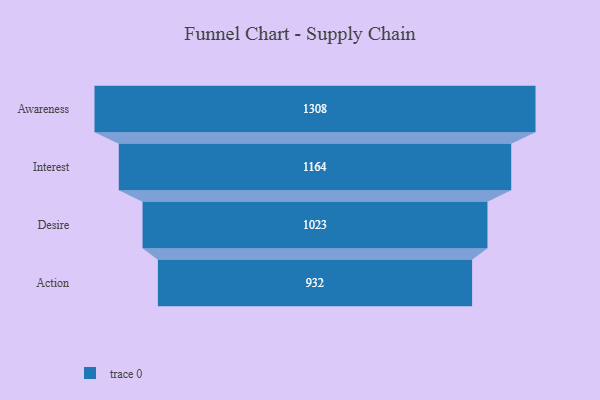
{"axis": {"x": "Stage", "y": "Value"}, "legend": [""], "data": [{"x": "Awareness", "y": 1308.0, "type": ""}, {"x": "Interest", "y": 1164.0, "type": ""}, {"x": "Desire", "y": 1023.0, "type": ""}, {"x": "Action", "y": 932.0, "type": ""}]}